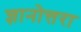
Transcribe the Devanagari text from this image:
ज्ञानोत्तरा